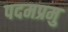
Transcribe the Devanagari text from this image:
पदमप्रमु